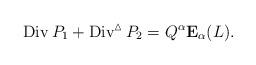
LaTeX: \begin{align*}\operatorname{Div}P_1+\operatorname{Div}^{\vartriangle}P_2=Q^{\alpha}\bold{E}_{\alpha}(L).\end{align*}